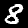
Digit: 8